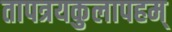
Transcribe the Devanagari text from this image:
तापत्रयकुलापहम्